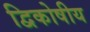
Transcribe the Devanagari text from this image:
द्विकोषीय